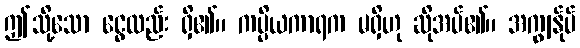
ဤသို့သော ငွေလည်း ရှိ၏။ ကပ္ပိယကာရက မရှိဟု ဆိုအပ်၏။ အကျွန်ုပ်